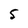
Character: 5